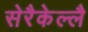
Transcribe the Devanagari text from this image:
सेरैकेल्लै